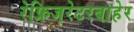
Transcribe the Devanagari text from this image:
रेफ्रिजरेटरबाहेर